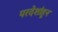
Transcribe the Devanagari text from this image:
परदेशांहून